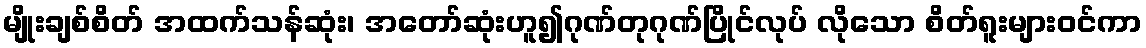
မျိုးချစ်စိတ် အထက်သန်ဆုံး၊ အတော်ဆုံးဟူ၍ဂုဏ်တုဂုဏ်ပြိုင်လုပ် လိုသော စိတ်ရူးများဝင်ကာ